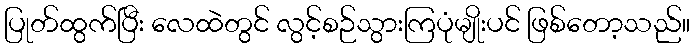
ပြုတ်ထွက်ပြီး လေထဲတွင် လွင့်စဉ်သွားကြပုံမျိုးပင် ဖြစ်တော့သည်။